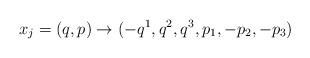
LaTeX: \begin{align*}x_j=(q,p)\to(-q^1,q^2,q^3,p_1,-p_2,-p_3)\end{align*}